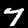
Label: 7